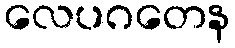
လေပဂတေန